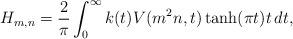
LaTeX: \begin{align*} H_{m, n} = \frac{2}{\pi} \int_0^\infty k(t) V(m^2 n, t) \tanh(\pi t) t \, d t,\end{align*}